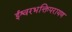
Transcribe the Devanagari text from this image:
ईश्वरभक्तिपरायण